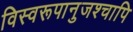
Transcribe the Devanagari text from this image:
विस्वरूपानुजश्चापि